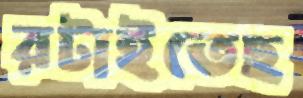
রটাইতেছ